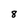
Character: 8